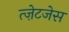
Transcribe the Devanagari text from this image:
त्ज़ेटजेस